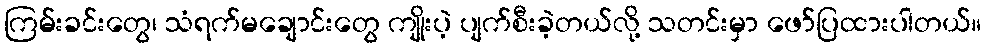
ကြမ်းခင်းတွေ၊ သံရက်မချောင်းတွေ ကျိုးပဲ့ ပျက်စီးခဲ့တယ်လို့ သတင်းမှာ ဖော်ပြထားပါတယ်။